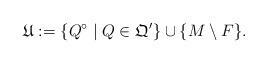
LaTeX: \begin{align*}\mathfrak U := \{Q^\circ \mid Q \in \mathfrak Q'\} \cup \{M \setminus F\}.\end{align*}